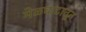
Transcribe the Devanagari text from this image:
मेळघाटातून